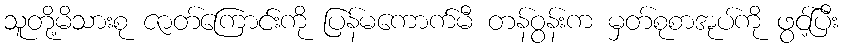
သူတို့မိသားစု ဇာတ်ကြောင်းကို ပြန်မကောက်မီ တန်ဝွန်းက မှတ်စုစာအုပ်ကို ဖွင့်ပြီး